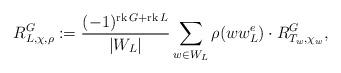
LaTeX: \begin{align*}R^G_{ L, \chi, \rho }:=\frac{(-1)^{{\rm rk}\, G + {\rm rk}\, L}}{|W_L|}\sum_{w\in W_L} \rho(ww_L^e) \cdot R^G_{T_w, \chi_w},\end{align*}